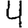
Digit: 4